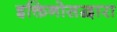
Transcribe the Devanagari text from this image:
इक्तिनोसद्वारा